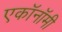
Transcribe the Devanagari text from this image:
एकॉनॉमी